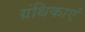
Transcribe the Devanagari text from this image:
ग्रंथिकाएं